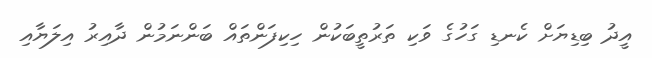
އީދު ބިޑިޔަށް ކެނޑި ގަހުގެ ވަކި ތަރުތީބަކުން ހިކިފަންތައް ބަންނަމުން ދާއިރު އިލަޔާއި